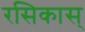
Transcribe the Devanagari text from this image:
रसिकास्